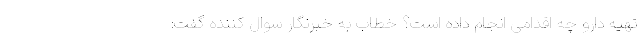
تهیه دارو چه اقدامی انجام داده است؟ خطاب به خبرنگار سوال کننده گفت: